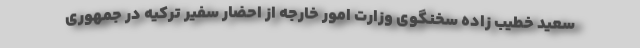
سعید خطیب زاده سخنگوی وزارت امور خارجه از احضار سفیر ترکیه در جمهوری